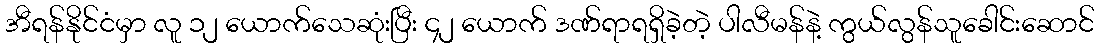
အီရန်နိုင်ငံမှာ လူ ၁၂ ယောက်သေဆုံးပြီး ၄၂ ယောက် ဒဏ်ရာရရှိခဲ့တဲ့ ပါလီမန်နဲ့ ကွယ်လွန်သူခေါင်းဆောင်